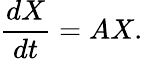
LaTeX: {\frac{dX}{dt}}=AX.